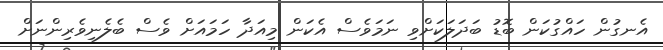
އެނގުން ހައްގުކަން ބޮޑު ބަދަލަކަށްވި ނަމަވެސް އެކަން މިއަދާ ހަމައަށް ވެސް ބެލެނިވެރިންނަށް